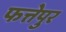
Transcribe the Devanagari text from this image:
फत्तेपुर